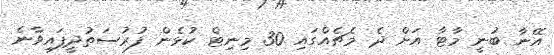
އޭނާ ބުނީ މާޓާ އަށް ދެ މެޗެއްގައި 30 މިނިޓް ކުޅެން ފުރުސަތުދީފައިވާނެ